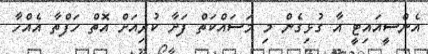
އެންސީއައިޓީ އާ ގުޅިގެން މި މަސައްކަތް ފަށާ ކުރިއަށް އޮތް ހަފްތާ އެއްހާ